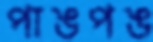
পাঙপঙ